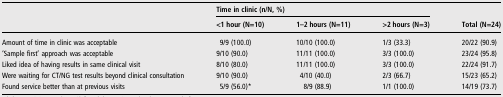
<table><thead><tr><td></td><td colspan="3"><b>Time in clinic (n/N, %)</b></td><td rowspan="2"><b>Total (N=24)</b></td></tr><tr><td></td><td><b>&lt;1 hour (N=10)</b></td><td><b>1–2 hours (N=11)</b></td><td><b>&gt;2 hours (N=3)</b></td></tr></thead><tbody><tr><td>Amount of time in clinic was acceptable</td><td>9/9 (100.0)</td><td>10/10 (100.0)</td><td>1/3 (33.3)</td><td>20/22 (90.9)</td></tr><tr><td>‘Sample first’ approach was acceptable</td><td>9/10 (90.0)</td><td>11/11 (100.0)</td><td>3/3 (100.0)</td><td>23/24 (95.8)</td></tr><tr><td>Liked idea of having results in same clinical visit</td><td>8/10 (80.0)</td><td>11/11 (100.0)</td><td>3/3 (100.0)</td><td>22/24 (91.7)</td></tr><tr><td>Were waiting for CT/NG test results beyond clinical consultation</td><td>9/10 (90.0)</td><td>4/10 (40.0)</td><td>2/3 (66.7)</td><td>15/23 (65.2)</td></tr><tr><td>Found service better than at previous visits</td><td>5/9 (56.0)*</td><td>8/9 (88.9)</td><td>1/1 (100.0)</td><td>14/19 (73.7)</td></tr></tbody></table>